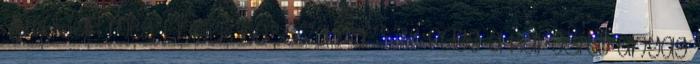
gátoljuk meg. Ennek hossza persze függ a károsító anyag